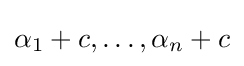
\alpha _{1}+c,\ldots ,\alpha _{n}+c